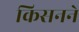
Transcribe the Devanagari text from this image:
किसनने